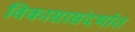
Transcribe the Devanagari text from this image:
विकासासंदर्भात